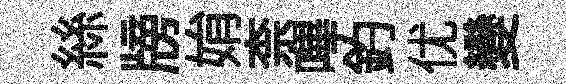
絲牓姢柰嗶釣优變